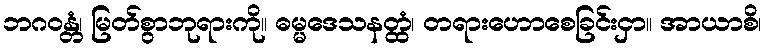
ဘဂဝန္တံ၊ မြတ်စွာဘုရားကို။ ဓမ္မဒေသနတ္ထံ၊ တရားဟောစေခြင်းငှာ။ အာယာစိ၊